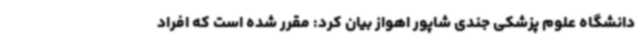
دانشگاه علوم پزشکی جندی شاپور اهواز بیان کرد: مقرر شده است که افراد